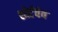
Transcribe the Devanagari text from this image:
शोर्टवेव